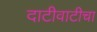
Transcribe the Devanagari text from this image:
दाटीवाटीचा